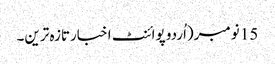
15 نومبر(اُردو پوائنٹ اخبارتازہ ترین۔